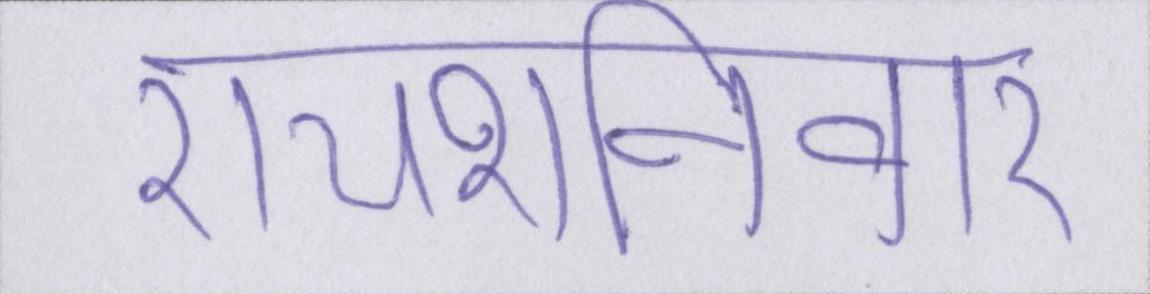
रायशनिवार